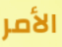
الأمر